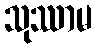
သုဿာမ